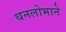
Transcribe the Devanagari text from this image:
धनलोभाने